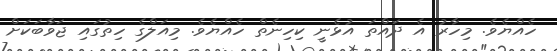
ހެއްޔެވެ. މިހާރު އެ ދައްތަ އުޅެނީ ކިހިނެތް ހެއްޔެވެ. މިއަލްގެ ހިތުގައި ޖަވާބަކަށް